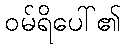
ဝမ်ရိပေါ်၏